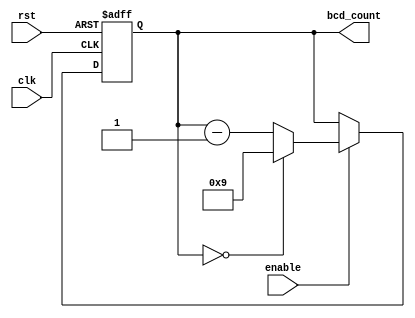
module BCD_Down_Counter_with_Enable (
    input clk,
    input rst,
    input enable,
    output reg [3:0] bcd_count
);

always @(posedge clk or posedge rst) begin
    if (rst) begin
        bcd_count <= 4'b1001; // Initialize the counter to 9 in BCD format
    end else if (enable) begin
        if (bcd_count == 4'b0000) begin
            bcd_count <= 4'b1001; // Reset to 9 if count reaches 0
        end else begin
            case (bcd_count)
                4'b0000: bcd_count <= 4'b1001;
                default: bcd_count <= bcd_count - 1;
            endcase
        end
    end
end

endmodule